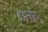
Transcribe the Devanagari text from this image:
हथनौरा